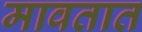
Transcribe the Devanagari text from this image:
मावतात